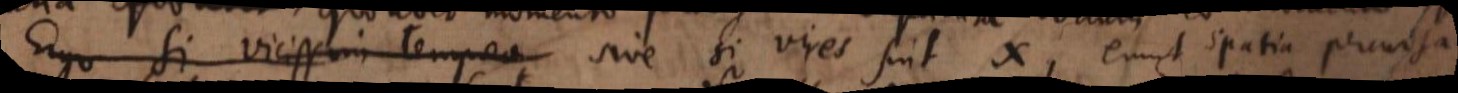
Ergo si vicissim tempora sive si vires sint x, erunt spatia percursa